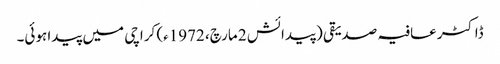
ڈاکٹر عافیہ صدیقی (پیدائش 2 مارچ، 1972ء) کراچی میں پیدا ہوئی۔